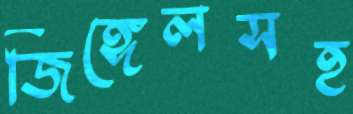
জিঙ্গেলসহ